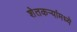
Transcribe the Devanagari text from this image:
शेतकर्‍यांमध्ये